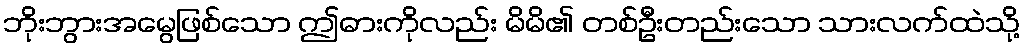
ဘိုးဘွားအမွေဖြစ်သော ဤဓားကိုလည်း မိမိ၏ တစ်ဦးတည်းသော သားလက်ထဲသို့